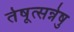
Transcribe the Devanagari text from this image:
तेषूत्सन्नेषु